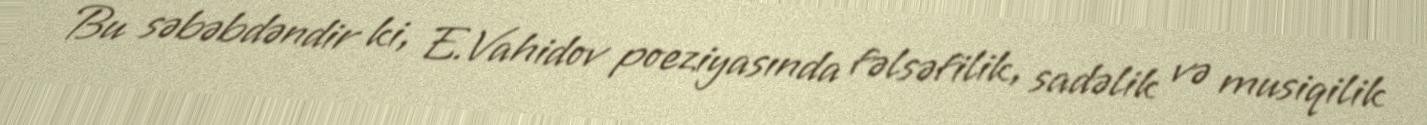
Bu səbəbdəndir ki, E.Vahidov poeziyasında fəlsəfilik, sadəlik və musiqilik